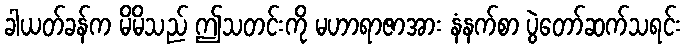
ခါယတ်ခန်က မိမိသည် ဤသတင်းကို မဟာရာဇာအား နံနက်စာ ပွဲတော်ဆက်သရင်း